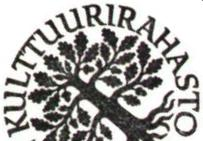
KULTTUURIRAHASTO